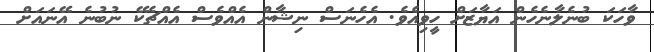
ވާހަކަ ބުނެލާނެހެން އަޔާޒަށް ހީވިއެވެ. އެހެނަސް ނިޝާން އެއްވެސް އެއްޗެކޭ ނުބުނެ އޭނައަށް